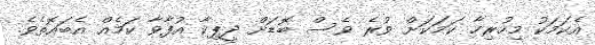
އެކަމަކު މިހުރިހާ ކަމަކަށް ވުރެ ވެސް ބޮޑަށް ދީޕިކާ އުފާވާ ކަމެއް އެބައޮތެވެ.